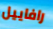
رافاييل